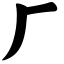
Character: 厂